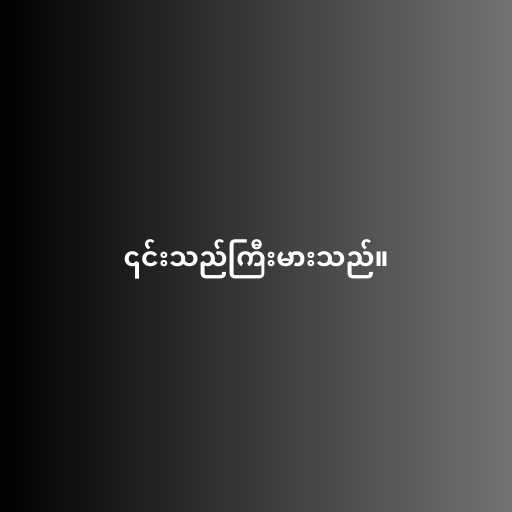
၎င်းသည်ကြီးမားသည်။